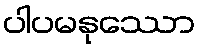
ပါပမနုဿော